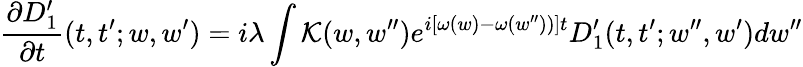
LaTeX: \frac{\partial D_{1}^{\prime}}{\partial t}(t,t^{\prime};w,w^{\prime})=i\lambda\int{\cal K}(w,w^{\prime\prime})e^{i[\omega(w)-\omega(w^{\prime\prime}))]t}D_{1}^{\prime}(t,t^{\prime};w^{\prime\prime},w^{\prime})dw^{\prime\prime}